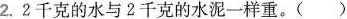
2.2千克的水与2千克的水泥一样重。()